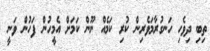
ތިބި ދިވެހި ހަނގުރާމަވެރިން ކުރި ކަމެއް ނޫން ކަމަށް އެމީހުން ފަހުން ވަނީ